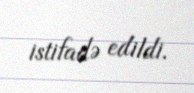
istifadə edildi.